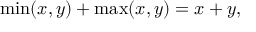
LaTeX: \operatorname* { m i n } ( x , y ) + \operatorname* { m a x } ( x , y ) = x + y ,